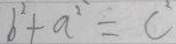
b ^ { 2 } + a ^ { 2 } = c ^ { 2 }